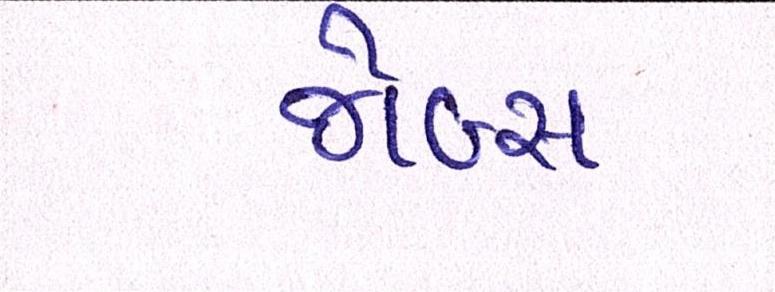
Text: જેબ્સ